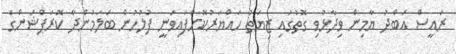
ރައީސް އަބްދު ޔާމިން ވިދާޅުވި ގޮތުގައި ޒިޔަތު ހައްޔަރުކޮށްފައިވަނީ ފުލުހުން ބަލަމުންދާ ކޮރަޕްޝަންގެ